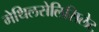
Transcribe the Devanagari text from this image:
मेथिलसेलिसिलेट